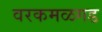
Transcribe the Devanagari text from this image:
वरकमळगड